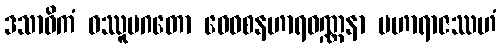
ဒသာဓိကံ ဝဿူပဂတော ဝေဝစနဟာရဝဏ္ဏနာ မဟာရာဇဿဟံ